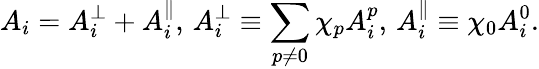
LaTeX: A_{i}=A_{i}^{\perp}+A_{i}^{\| },\, A_{i}^{\perp}\equiv\sum_{p\neq 0}\chi_{p}A_{i}^{p},\, A_{i}^{\| }\equiv\chi_{0}A_{i}^{0}.